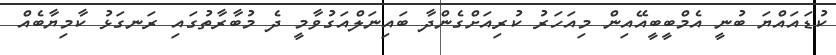
ކުޑައައްޔަ ބުނީ އެމްބީބީއޭއިން މިއަހަރު ކުރިއަށްގެންދާ ބައިނަލްއަގުވާމީ ދެ މުބާރާތުގައި ރަނގަޅު ކާމިޔާބެއް